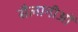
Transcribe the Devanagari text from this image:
सैलानीओं